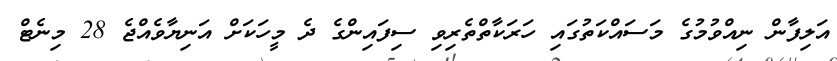
އަލިފާން ނިއްވުމުގެ މަސައްކަތުގައި ހަރަކާތްތެރިވި ސިފައިންގެ ދެ މީހަކަށް އަނިޔާވެއްޖެ 28 މިނެޓް